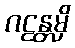
ဂဠန္တမှိ